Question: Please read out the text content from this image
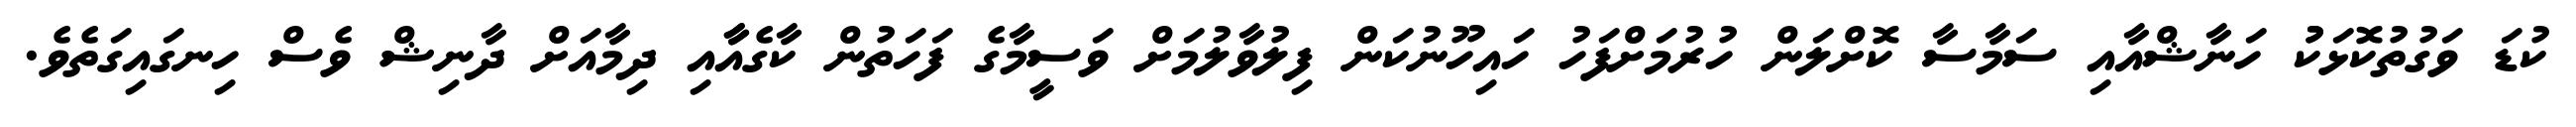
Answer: ކުޑަ ވަގުތުކޮޅަކުު ހަނާޝްއާއި ސަމާސާ ކޮށްލަން ހުރުމަށްފަހު ހައިހޫނުކަން ފިލުވާލުމަށް ވަސީމާގެ ފަހަތުން ކާގެއާާއި ދިމާއަށް ދާނިޝް ވެސް ހިނގައިގަތެވެ.